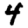
Digit: 4